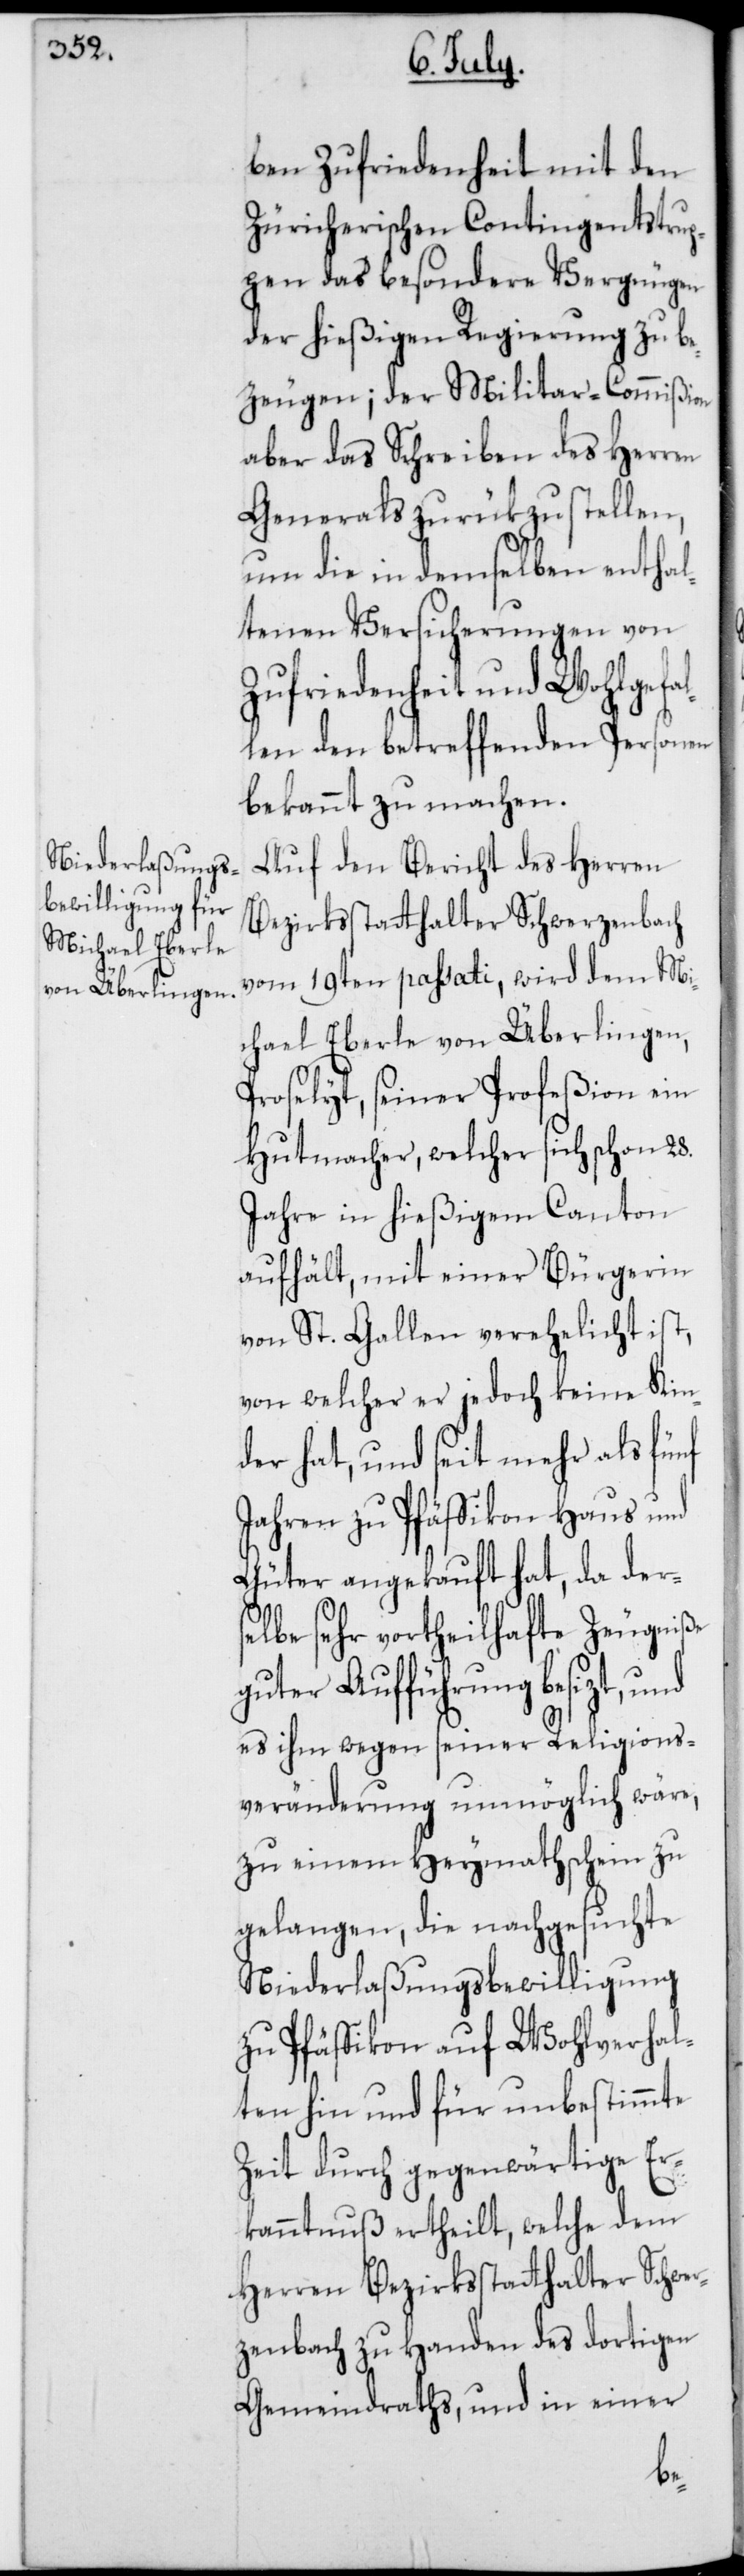
ben Zufriedenheit mit den
Zürcherischen Contingentstrup¬
pen das besondere Vergnügen
der hießigen Regierung zu be¬
zeugen; der Militar-Commißion
aber das Schreiben des Herren
Generals zurükzustellen,
um die in demselben enthal¬
tenen Versicherungen von
Zufriedenheit und Wohlgef¬
len den betreffenden Personen
bekannt zu machen.
Auf den Bericht des Herren
Bezirksstatthalter Schwerzenbach
vom 19ten passati, wird dem Mi¬
chael Eberle von Überlingen,
Proselyt, seiner Profeßion ein
Hutmacher, welcher sich schon 28.
Jahre in hießigem Canton
aufhält, mit einer Bürgerin
von St. Gallen verehelicht ist,
von welcher er jedoch keine Kin¬
der hat, und seit mehr als fünf
Jahren zu Pfäffikon Haus und
Güter angekauft hat, da ders¬
elbe sehr vortheilhafte Zeugniße
guter Aufführung besizt,
es ihm wegen seiner Religions¬
veränderung unmöglich wäre,
zu einem Heymathschein zu
gelangen, die nachgesuchte
Niederlaßungs-Bewilligung
zu Pfäffikon auf Wohlverhal¬
ten hin und für unbestimmte
Zeit durch gegenwärtige Er¬
kanntnuß ertheilt, welche dem
Herren Bezirksstatthalter Schwer¬
zenbach zu Handen des dortigen
Gemeindraths, und in einer
al¬